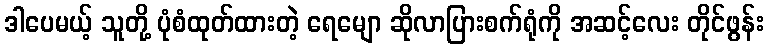
ဒါပေမယ့် သူတို့ ပုံစံထုတ်ထားတဲ့ ရေမျော ဆိုလာပြားစက်ရုံကို အဆင့်လေး တိုင်ဖွန်း